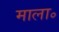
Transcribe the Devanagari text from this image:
माला॰